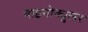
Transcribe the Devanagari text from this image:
बाइनोक्युलर